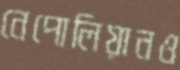
নেপোলিয়ানও